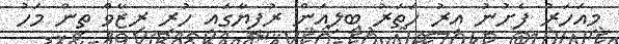
މިއަހަރު ފެށުނު އިރު ހަތަރު ބިލިއަން ރުފިޔާގައި ހުރި ރިޒާވް ތިން މަހު